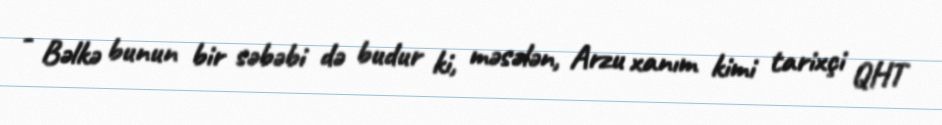
- Bəlkə bunun bir səbəbi də budur ki, məsələn, Arzu xanım kimi tarixçi QHT